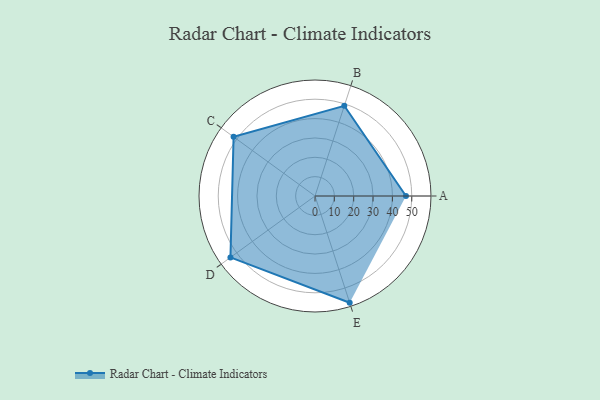
{"axis": {"x": "Skill", "y": "Score"}, "legend": ["Profile"], "data": [{"x": "A", "y": 47.0, "type": "Profile"}, {"x": "B", "y": 49.0, "type": "Profile"}, {"x": "C", "y": 52.0, "type": "Profile"}, {"x": "D", "y": 54.0, "type": "Profile"}, {"x": "E", "y": 58.0, "type": "Profile"}]}